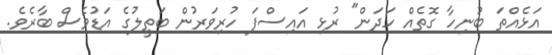
އަޅެއްތަ ބުނިހާ ގޮތެއް ހަދަން" ރުޅި އައިސްފަ ހުރިވަރުން ބަތީލުގެ އަޑުވެސް ބާރެވެ.